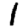
Digit: 1